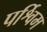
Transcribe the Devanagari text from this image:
पर्श्विम